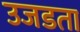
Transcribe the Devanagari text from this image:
उजडता